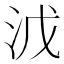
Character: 𣳡